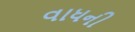
વાધની